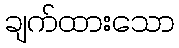
ချက်ထားသော